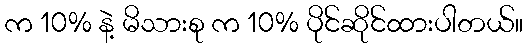
က 10% နဲ့ မိသားစု က 10% ပိုင်ဆိုင်ထားပါတယ်။